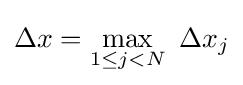
\Delta x=\max _{1\leq j<N}\ \Delta x_{j}